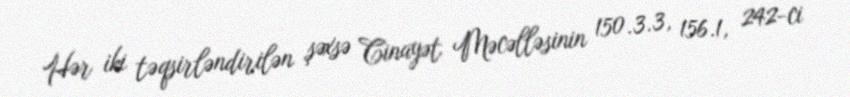
Hər iki təqsirləndirilən şəxsə Cinayət Məcəlləsinin 150.3.3, 156.1, 242-ci